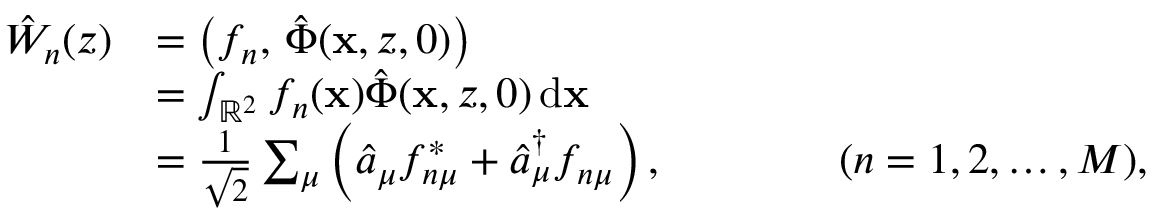
\begin{array} { r l } { \hat { W } _ { n } ( z ) } & { = \bigl ( f _ { n } , \, \hat { \Phi } ( \mathbf { x } , z , 0 ) \bigr ) } \\ & { = \int _ { \mathbb { R } ^ { 2 } } f _ { n } ( \mathbf { x } ) \hat { \Phi } ( \mathbf { x } , z , 0 ) \, \mathrm { d } \mathbf { x } } \\ & { = \frac { 1 } { \sqrt { 2 } } \sum _ { \mu } \left( \hat { a } _ { \mu } f _ { n \mu } ^ { * } + \hat { a } _ { \mu } ^ { \dagger } f _ { n \mu } \right) , \qquad \qquad ( n = 1 , 2 , \ldots , M ) , } \end{array}